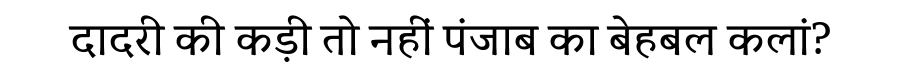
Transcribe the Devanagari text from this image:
दादरी की कड़ी तो नहीं पंजाब का बेहबल कलां?